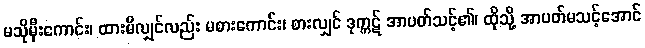
မသိုမှီးကောင်း၊ ထားမိလျှင်လည်း မစားကောင်း၊ စားလျှင် ဒုက္ကဋ် အာပတ်သင့်၏၊ ထိုသို့ အာပတ်မသင့်အောင်